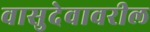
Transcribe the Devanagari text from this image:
वासुदेवावरील